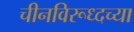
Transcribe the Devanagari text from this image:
चीनविरूध्दच्या